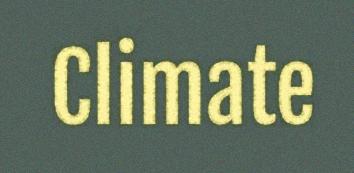
Climate